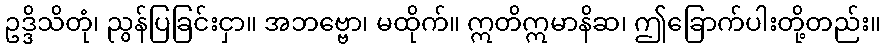
ဥဒ္ဒိသိတုံ၊ ညွန်ပြခြင်းငှာ။ အဘဗ္ဗော၊ မထိုက်။ ဣတိဣမာနိဆ၊ ဤခြောက်ပါးတို့တည်း။